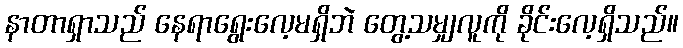
နာတာရှာသည် နေရာရွေးလေ့မရှိဘဲ တွေ့သမျှလူကို ခိုင်းလေ့ရှိသည်။